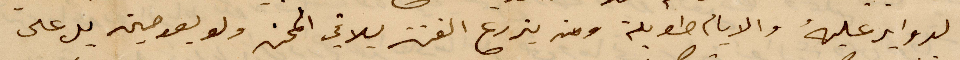
الدواير عليه والأيام طويلة ومن يزرع الفتن يلاقي المحن ولو بعد حين بل على